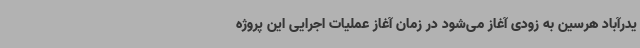
یدرآباد هرسین به زودی آغاز می‌شود در زمان آغاز عملیات اجرایی این پروژه